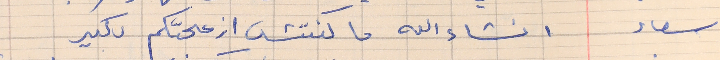
سعاد      انشاء الله ما كنتش ازعجتكم بكير